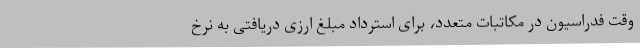
وقت فدراسیون در مکاتبات متعدد، برای استرداد مبلغ ارزی دریافتی به نرخ